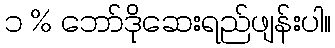
၁ % ဘော်ဒိုဆေးရည်ဖျန်းပါ။